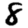
Digit: 8